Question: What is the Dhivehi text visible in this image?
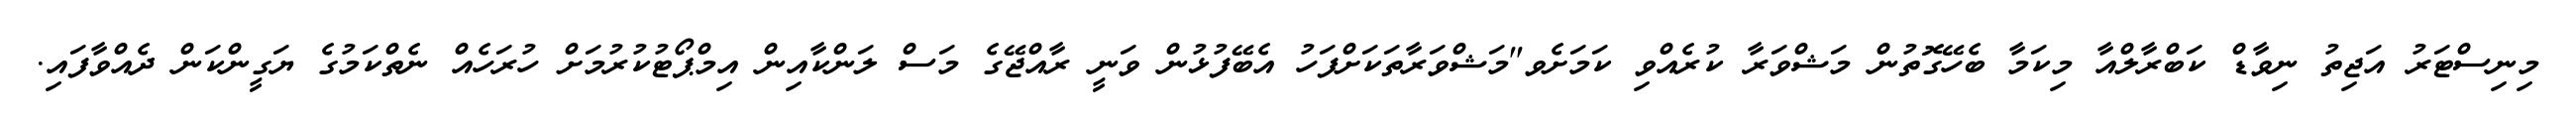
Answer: މިނިސްޓަރު އަޖިތު ނިވާޑް ކަބްރާލްއާ މިކަމާ ބެހޭގޮތުން މަޝްވަރާ ކުރެއްވި ކަމަށެވ"މަޝްވަރާތަކަށްފަހު އެބޭފުޅުން ވަނީ ރާއްޖޭގެ މަސް ލަންކާއިން އިމްޕޯޓުކުރުމަށް ހުރަހެއް ނެތްކަމުގެ ޔަގީންކަން ދެއްވާފައި.